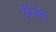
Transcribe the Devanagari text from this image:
डीपली